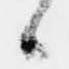
候